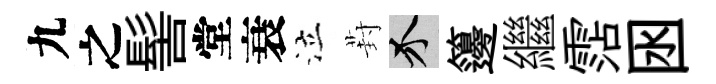
九之髻堂衰泣葑介籩繼霑囦